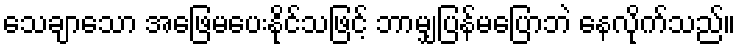
သေချာသော အဖြေမပေးနိုင်သဖြင့် ဘာမျှပြန်မပြောဘဲ နေလိုက်သည်။